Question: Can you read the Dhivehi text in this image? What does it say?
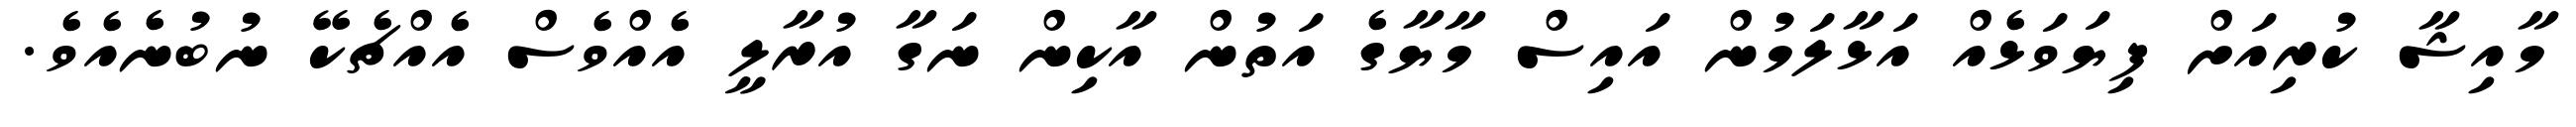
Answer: މާއިޝާ ކުރިއަށް ފިޔަވަޅެއް އަޅާލަމުން އައިސް މާޔާގެ އަތުން އާކިން ނަގާ އުރާލީ އެއްވެސް އެއްޗެކޭ ނުބުނެއެވެ.